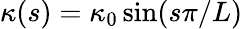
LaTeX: \kappa(s)=\kappa_{0}\sin(s\pi/L)